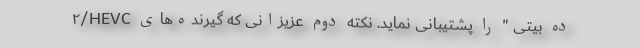
۲/HEVC ده بیتی " را پشتیبانی نماید. نکته دوم عزیزانی که گیرنده‌های